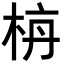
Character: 𪲌